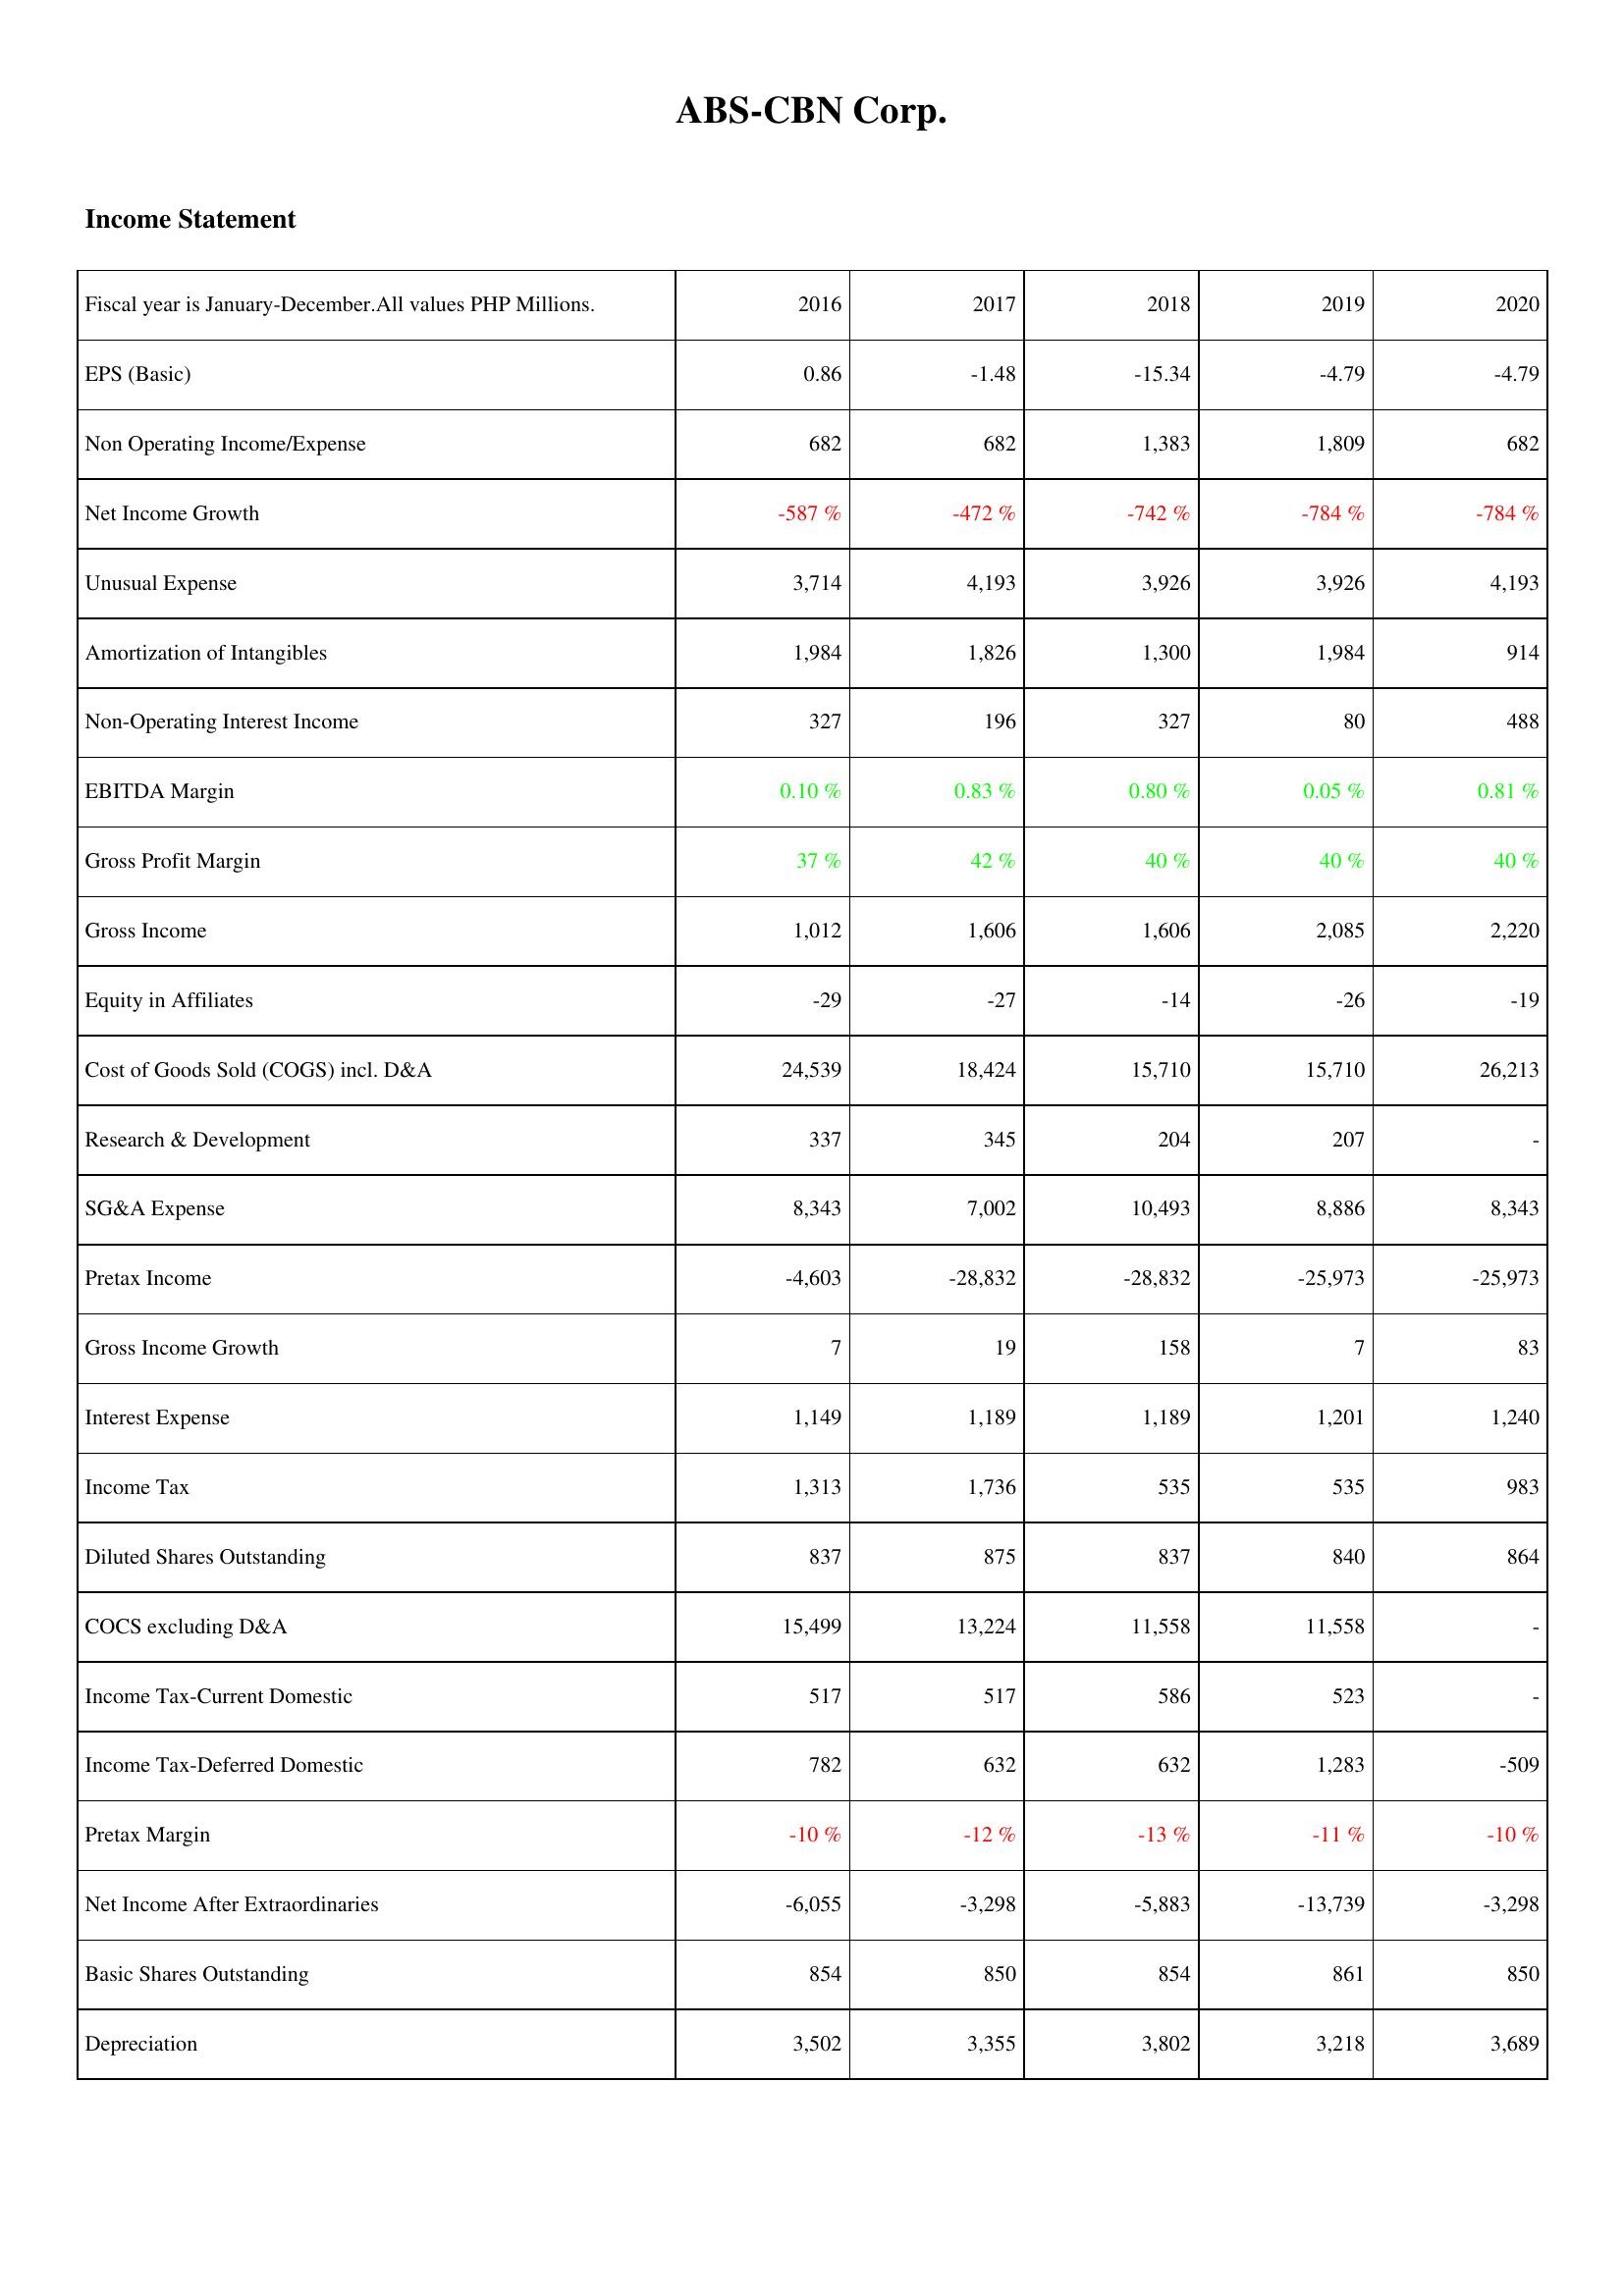
2016: Income Statement: EPS (Basic): 0.86
Non Operating Income/Expense: 682
Net Income Growth: -587 %
Unusual Expense: 3,714
Amortization of Intangibles: 1,984
Non-Operating Interest Income: 327
EBITDA Margin: 0.10 %
Gross Profit Margin: 37 %
Gross Income: 1,012
Equity in Affiliates: -29
Cost of Goods Sold (COGS) incl. D&A: 24,539
Research & Development: 337
SG&A Expense: 8,343
Pretax Income: -4,603
Gross Income Growth: 7
Interest Expense: 1,149
Income Tax: 1,313
Diluted Shares Outstanding: 837
COCS excluding D&A: 15,499
Income Tax-Current Domestic: 517
Income Tax-Deferred Domestic: 782
Pretax Margin: -10 %
Net Income After Extraordinaries: -6,055
Basic Shares Outstanding: 854
Depreciation: 3,502
2017: Income Statement: EPS (Basic): -1.48
Non Operating Income/Expense: 682
Net Income Growth: -472 %
Unusual Expense: 4,193
Amortization of Intangibles: 1,826
Non-Operating Interest Income: 196
EBITDA Margin: 0.83 %
Gross Profit Margin: 42 %
Gross Income: 1,606
Equity in Affiliates: -27
Cost of Goods Sold (COGS) incl. D&A: 18,424
Research & Development: 345
SG&A Expense: 7,002
Pretax Income: -28,832
Gross Income Growth: 19
Interest Expense: 1,189
Income Tax: 1,736
Diluted Shares Outstanding: 875
COCS excluding D&A: 13,224
Income Tax-Current Domestic: 517
Income Tax-Deferred Domestic: 632
Pretax Margin: -12 %
Net Income After Extraordinaries: -3,298
Basic Shares Outstanding: 850
Depreciation: 3,355
2018: Income Statement: EPS (Basic): -15.34
Non Operating Income/Expense: 1,383
Net Income Growth: -742 %
Unusual Expense: 3,926
Amortization of Intangibles: 1,300
Non-Operating Interest Income: 327
EBITDA Margin: 0.80 %
Gross Profit Margin: 40 %
Gross Income: 1,606
Equity in Affiliates: -14
Cost of Goods Sold (COGS) incl. D&A: 15,710
Research & Development: 204
SG&A Expense: 10,493
Pretax Income: -28,832
Gross Income Growth: 158
Interest Expense: 1,189
Income Tax: 535
Diluted Shares Outstanding: 837
COCS excluding D&A: 11,558
Income Tax-Current Domestic: 586
Income Tax-Deferred Domestic: 632
Pretax Margin: -13 %
Net Income After Extraordinaries: -5,883
Basic Shares Outstanding: 854
Depreciation: 3,802
2019: Income Statement: EPS (Basic): -4.79
Non Operating Income/Expense: 1,809
Net Income Growth: -784 %
Unusual Expense: 3,926
Amortization of Intangibles: 1,984
Non-Operating Interest Income: 80
EBITDA Margin: 0.05 %
Gross Profit Margin: 40 %
Gross Income: 2,085
Equity in Affiliates: -26
Cost of Goods Sold (COGS) incl. D&A: 15,710
Research & Development: 207
SG&A Expense: 8,886
Pretax Income: -25,973
Gross Income Growth: 7
Interest Expense: 1,201
Income Tax: 535
Diluted Shares Outstanding: 840
COCS excluding D&A: 11,558
Income Tax-Current Domestic: 523
Income Tax-Deferred Domestic: 1,283
Pretax Margin: -11 %
Net Income After Extraordinaries: -13,739
Basic Shares Outstanding: 861
Depreciation: 3,218
2020: Income Statement: EPS (Basic): -4.79
Non Operating Income/Expense: 682
Net Income Growth: -784 %
Unusual Expense: 4,193
Amortization of Intangibles: 914
Non-Operating Interest Income: 488
EBITDA Margin: 0.81 %
Gross Profit Margin: 40 %
Gross Income: 2,220
Equity in Affiliates: -19
Cost of Goods Sold (COGS) incl. D&A: 26,213
Research & Development: -
SG&A Expense: 8,343
Pretax Income: -25,973
Gross Income Growth: 83
Interest Expense: 1,240
Income Tax: 983
Diluted Shares Outstanding: 864
COCS excluding D&A: -
Income Tax-Current Domestic: -
Income Tax-Deferred Domestic: -509
Pretax Margin: -10 %
Net Income After Extraordinaries: -3,298
Basic Shares Outstanding: 850
Depreciation: 3,689